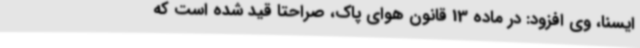
ایسنا، وی افزود: در ماده 13 قانون هوای پاک، صراحتاً قید شده است که